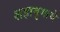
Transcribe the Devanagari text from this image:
शहामृगाचे